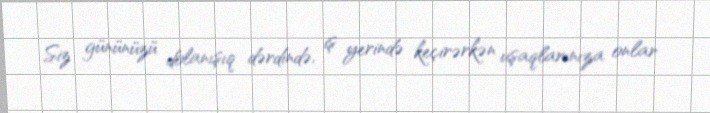
Siz gününüzü dolanışıq dərdində, iş yerində keçirərkən uşaqlarınıza onlar